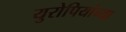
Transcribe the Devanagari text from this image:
युरोपियांच्या